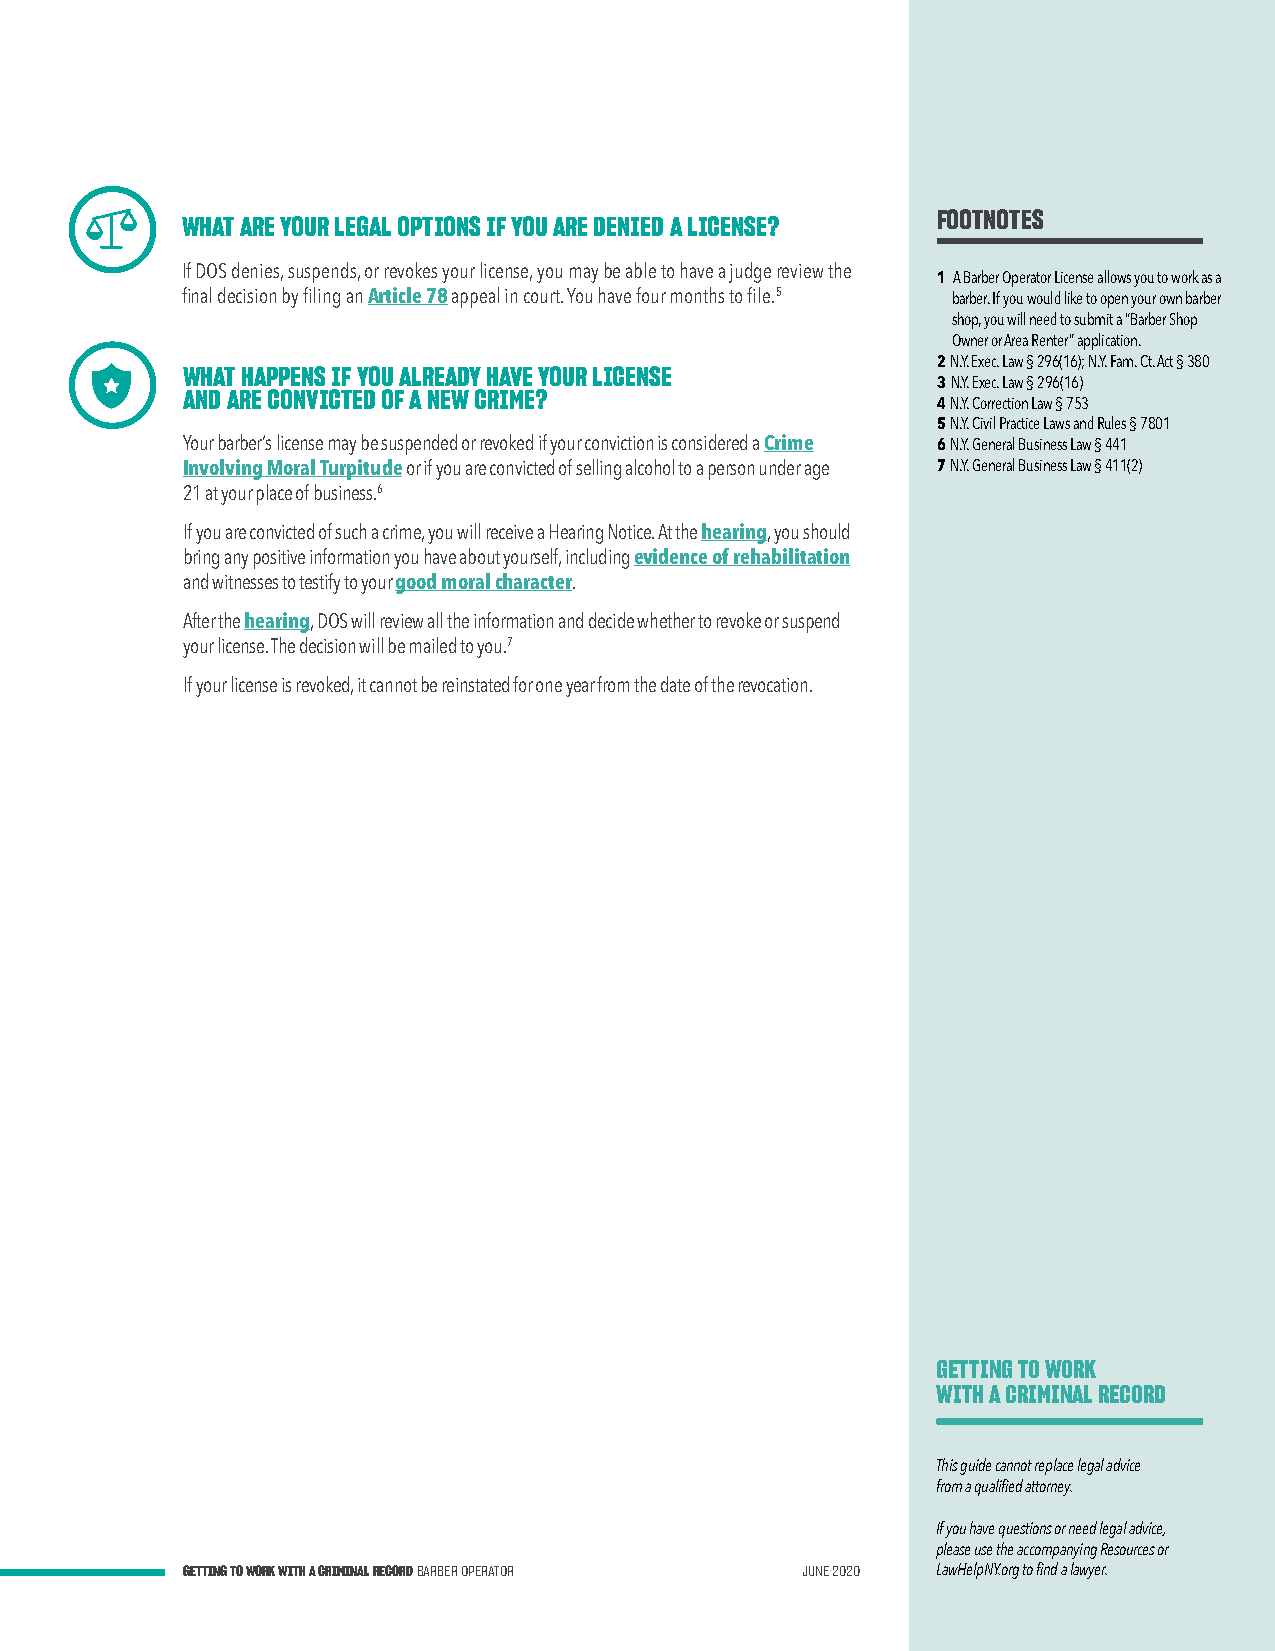
FOOTNOTES
 WHAT ARE YOUR LEGAL OPTIONS IF YOU ARE DENIED A LICENSE?
 If DOS denies, suspends, or revokes your license, you may be able to have a judge review the 1 A Barber Operator License allows you to work as a
 final decision by filing an Article 78 appeal in court. You have four months to file.5 barber. If you would like to open your own barber
 shop, you will need to submit a “Barber Shop
 Owner or Area Renter” application.
 2 N.Y. Exec. Law § 296(16); N.Y. Fam. Ct. Act § 380
 WHAT HAPPENS IF YOU ALREADY HAVE YOUR LICENSE
 3 N.Y. Exec. Law § 296(16)
 AND ARE CONVICTED OF A NEW CRIME?
 4 N.Y. Correction Law § 753
 5 N.Y. Civil Practice Laws and Rules § 7801
 Your barber’s license may be suspended or revoked if your conviction is considered a Crime 6 N.Y. General Business Law § 441
 Involving Moral Turpitude or if you are convicted of selling alcohol to a person under age 7 N.Y. General Business Law § 411(2)
 21 at your place of business.6
 If you are convicted of such a crime, you will receive a Hearing Notice. At the hearing, you should
 bring any positive information you have about yourself, including evidence of rehabilitation
 and witnesses to testify to your good moral character.
 After the hearing, DOS will review all the information and decide whether to revoke or suspend
 your license. The decision will be mailed to you.7
 If your license is revoked, it cannot be reinstated for one year from the date of the revocation.
 GETTING TO WORK
 WITH A CRIMINAL RECORD
 This guide cannot replace legal advice
 from a qualified attorney.
 If you have questions or need legal advice,
 please use the accompanying Resources or
 GETTING TO WORK WITH A CRIMINAL RECORD BARBER OPERATOR JUNE 2020 LawHelpNY.org to find a lawyer.